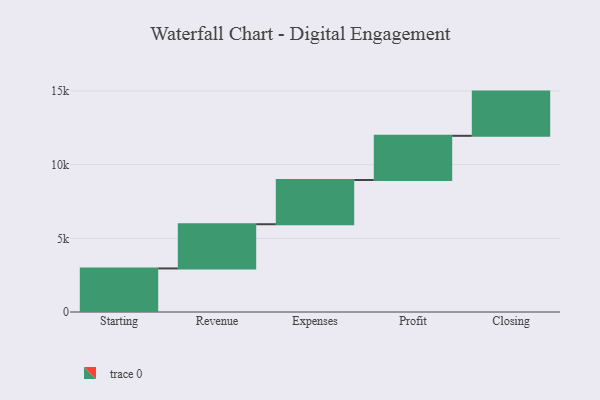
{"axis": {"x": "Step", "y": "Value"}, "legend": [""], "data": [{"x": "Starting", "y": 2956.0, "type": ""}, {"x": "Revenue", "y": 3000, "type": ""}, {"x": "Expenses", "y": 3000, "type": ""}, {"x": "Profit", "y": 3000, "type": ""}, {"x": "Closing", "y": 3000, "type": ""}]}